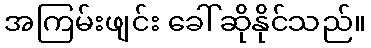
အကြမ်းဖျင်း ခေါ်ဆိုနိုင်သည်။